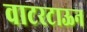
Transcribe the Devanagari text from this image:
वाटरटाऊन